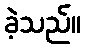
ခဲ့သည်။